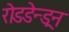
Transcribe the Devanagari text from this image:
रोडडेन्ड्रन